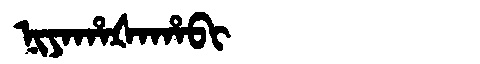
Manchu: ᠨᡳᠶᠠᡥᠠᡧᠠᡥᠠᠪᡳ
Romanization: NIYAHAŠAHABI